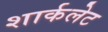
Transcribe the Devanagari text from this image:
शार्कलेट